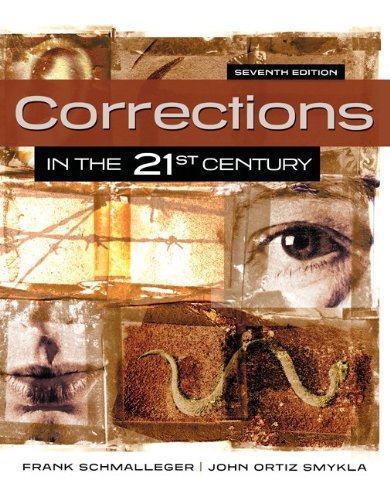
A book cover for Corrections in the 21st Century; Frank Schmalleger; Law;